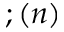
; ( n )